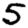
Digit: 5